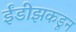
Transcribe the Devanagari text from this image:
ईंडीझकडून